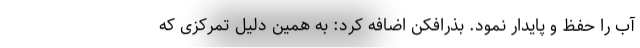
آب را حفظ و پایدار نمود. بذرافکن اضافه کرد: به همین دلیل تمرکزی که